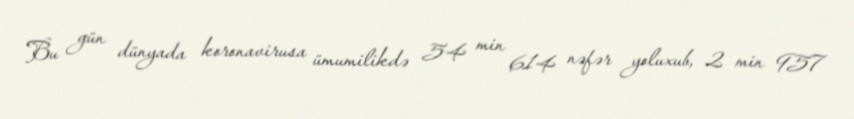
Bu gün dünyada koronavirusa ümumilikdə 54 min 614 nəfər yoluxub, 2 min 957